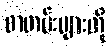
စာတမ်းများကို